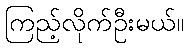
ကြည့်လိုက်ဦးမယ်။